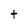
Character: t